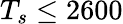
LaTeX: T_{s}\leq 2600